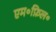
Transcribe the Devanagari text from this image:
एम॰फ़िल॰